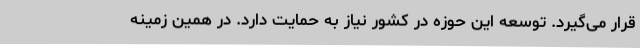
قرار می‌گیرد. توسعه این حوزه در کشور نیاز به حمایت دارد. در همین زمینه